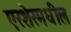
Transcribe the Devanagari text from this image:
एरशेरमधील